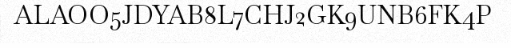
ALAOO5JDYAB8L7CHJ2GK9UNB6FK4P